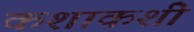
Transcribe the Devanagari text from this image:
कशाकशी